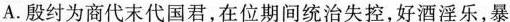
A．殷纣为商代末代国君，在位期间统治失控，好酒淫乐，暴